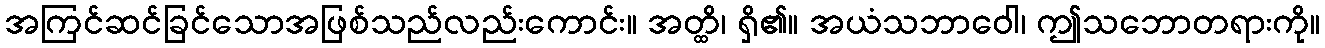
အကြင်ဆင်ခြင်သောအဖြစ်သည်လည်းကောင်း။ အတ္ထိ၊ ရှိ၏။ အယံသဘာဝေါ၊ ဤသဘောတရားကို။